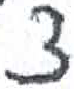
אות: צ